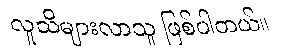
လူသိများလာသူ ဖြစ်ပါတယ်။